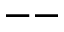
--